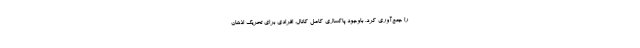
را جمع‌آوری کرد. باوجود پاکسازی کامل کانال، افرادی برای تحریک اذهان